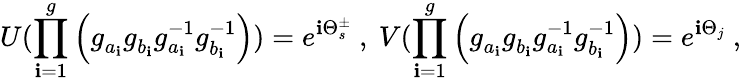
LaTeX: U(\prod_{\mathbf{i}=1}^{g}\left(g_{a_{\mathbf{i}}}^{~}g_{b_{\mathbf{i}}}^{~}g_{a_{\mathbf{i}}}^{-1}g_{b_{\mathbf{i}}}^{-1}\right))=e^{\mathbf{i}\Theta_{s}^{\pm}}~,~V(\prod_{\mathbf{i}=1}^{g}\left(g_{a_{\mathbf{i}}}^{~}g_{b_{\mathbf{i}}}^{~}g_{a_{\mathbf{i}}}^{-1}g_{b_{\mathbf{i}}}^{-1}\right))=e^{\mathbf{i}\Theta_{j}}~,